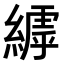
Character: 𮈺